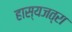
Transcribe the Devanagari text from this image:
हास्यजत्रा